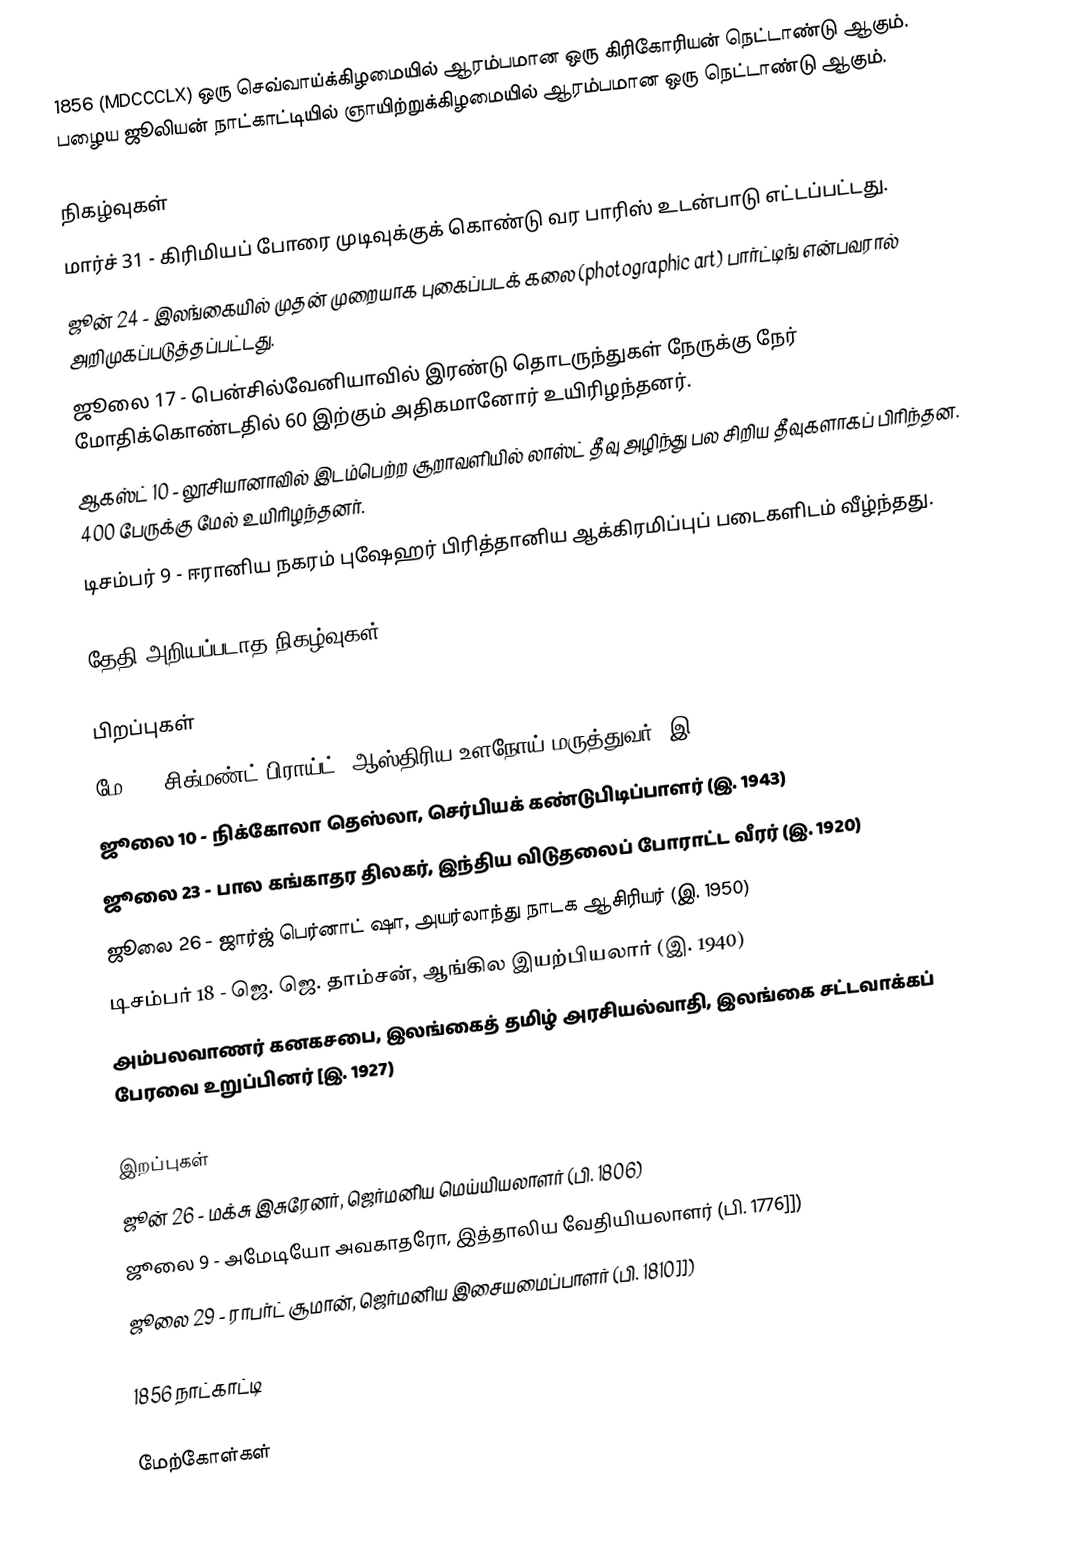
1856  (MDCCCLX) ஒரு செவ்வாய்க்கிழமையில் ஆரம்பமான ஒரு கிரிகோரியன் நெட்டாண்டு ஆகும். பழைய ஜூலியன் நாட்காட்டியில் ஞாயிற்றுக்கிழமையில் ஆரம்பமான ஒரு நெட்டாண்டு ஆகும்.

நிகழ்வுகள்
 மார்ச் 31 - கிரிமியப் போரை முடிவுக்குக் கொண்டு வர பாரிஸ் உடன்பாடு எட்டப்பட்டது.
 ஜூன் 24 - இலங்கையில் முதன் முறையாக புகைப்படக் கலை (photographic art) பார்ட்டிங் என்பவரால் அறிமுகப்படுத்தப்பட்டது.
 ஜூலை 17 - பென்சில்வேனியாவில் இரண்டு தொடருந்துகள் நேருக்கு நேர் மோதிக்கொண்டதில் 60 இற்கும் அதிகமானோர் உயிரிழந்தனர்.
 ஆகஸ்ட் 10 - லூசியானாவில் இடம்பெற்ற சூறாவளியில் லாஸ்ட் தீவு அழிந்து பல சிறிய தீவுகளாகப் பிரிந்தன. 400 பேருக்கு மேல் உயிரிழந்தனர்.
 டிசம்பர் 9 - ஈரானிய நகரம் புஷேஹர் பிரித்தானிய ஆக்கிரமிப்புப் படைகளிடம் வீழ்ந்தது.

தேதி அறியப்படாத நிகழ்வுகள்

பிறப்புகள்
 மே 6 - சிக்மண்ட் பிராய்ட், ஆஸ்திரிய உளநோய் மருத்துவர் (இ. 1939)
 ஜூலை 10 - நிக்கோலா தெஸ்லா, செர்பியக் கண்டுபிடிப்பாளர் (இ. 1943)
 ஜூலை 23 - பால கங்காதர திலகர், இந்திய விடுதலைப் போராட்ட வீரர் (இ. 1920)
 ஜூலை 26 - ஜார்ஜ் பெர்னாட் ஷா, அயர்லாந்து நாடக ஆசிரியர் (இ. 1950)
 டிசம்பர் 18 - ஜெ. ஜெ. தாம்சன்,  ஆங்கில இயற்பியலார் (இ. 1940)
 அம்பலவாணர் கனகசபை, இலங்கைத் தமிழ் அரசியல்வாதி, இலங்கை சட்டவாக்கப் பேரவை உறுப்பினர் [இ. 1927)

இறப்புகள்
 ஜூன் 26 - மக்சு இசுரேனர், ஜெர்மனிய மெய்யியலாளர் (பி. 1806)
 ஜூலை 9 - அமேடியோ அவகாதரோ, இத்தாலிய வேதியியலாளர் (பி. 1776]])
 ஜூலை 29 - ராபர்ட் சூமான், ஜெர்மனிய இசையமைப்பாளர் (பி. 1810]])

1856 நாட்காட்டி

மேற்கோள்கள்